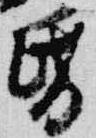
昏